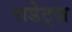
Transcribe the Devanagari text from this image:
राडेट्ज़